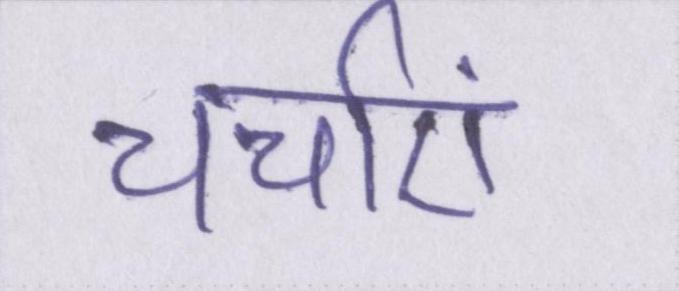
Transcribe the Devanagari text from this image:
चर्चाएं